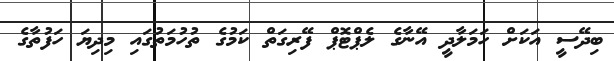
ބިދޭސީ އަކަށް ހަމަލާދީ އޭނާގެ ލެޕްޓޮޕް ފޭރިގަތް ކަމުގެ ތުހުމަތުގައި މިދިޔަ ހަފުތާގެ